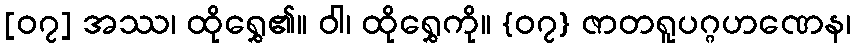
[၀၇] အဿ၊ ထိုရွှေ၏။ ဝါ၊ ထိုရွှေကို။ {၀၇} ဇာတရူပဂ္ဂဟဏေန၊